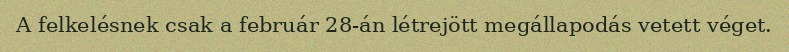
A felkelésnek csak a február 28-án létrejött megállapodás vetett véget.